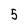
Character: 5